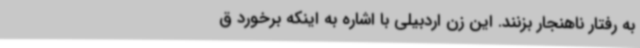
به رفتار ناهنجار بزنند. این زن اردبیلی با اشاره به اینکه برخورد ق